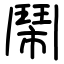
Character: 鬧